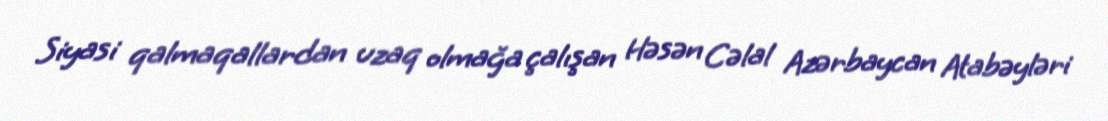
Siyasi qalmaqallardan uzaq olmağa çalışan Həsən Cəlal Azərbaycan Atabəyləri